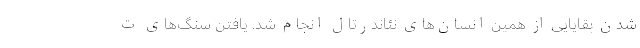
شدن بقایایی از همین انسان‌های نئاندرتال انجام شد. یافتن سنگ‌های ت